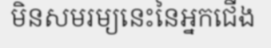
មិនសមរម្យនេះនៃអ្នកជើង